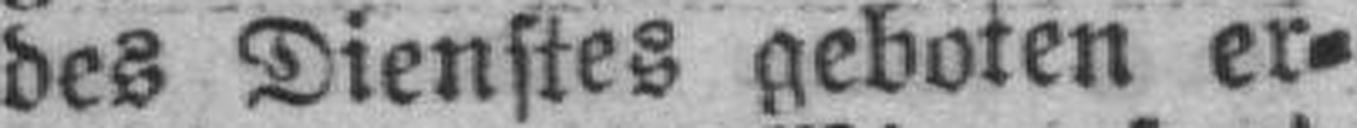
des Dienstes geboten er¬